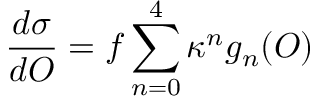
{ \frac { d \sigma } { d \cal O } } = f \sum _ { n = 0 } ^ { 4 } \kappa ^ { n } g _ { n } ( \cal O )